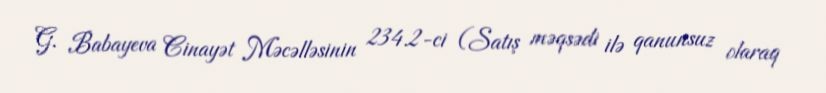
G. Babayeva Cinayət Məcəlləsinin 234.2-ci (Satış məqsədi ilə qanunsuz olaraq